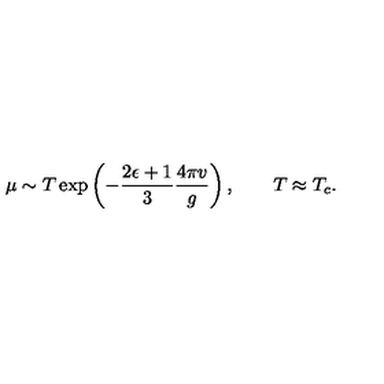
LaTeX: \mu \sim T \exp \left( - \frac { 2 \epsilon + 1 } 3 \frac { 4 \pi v } g \right) , \qquad T \approx T _ { c } .